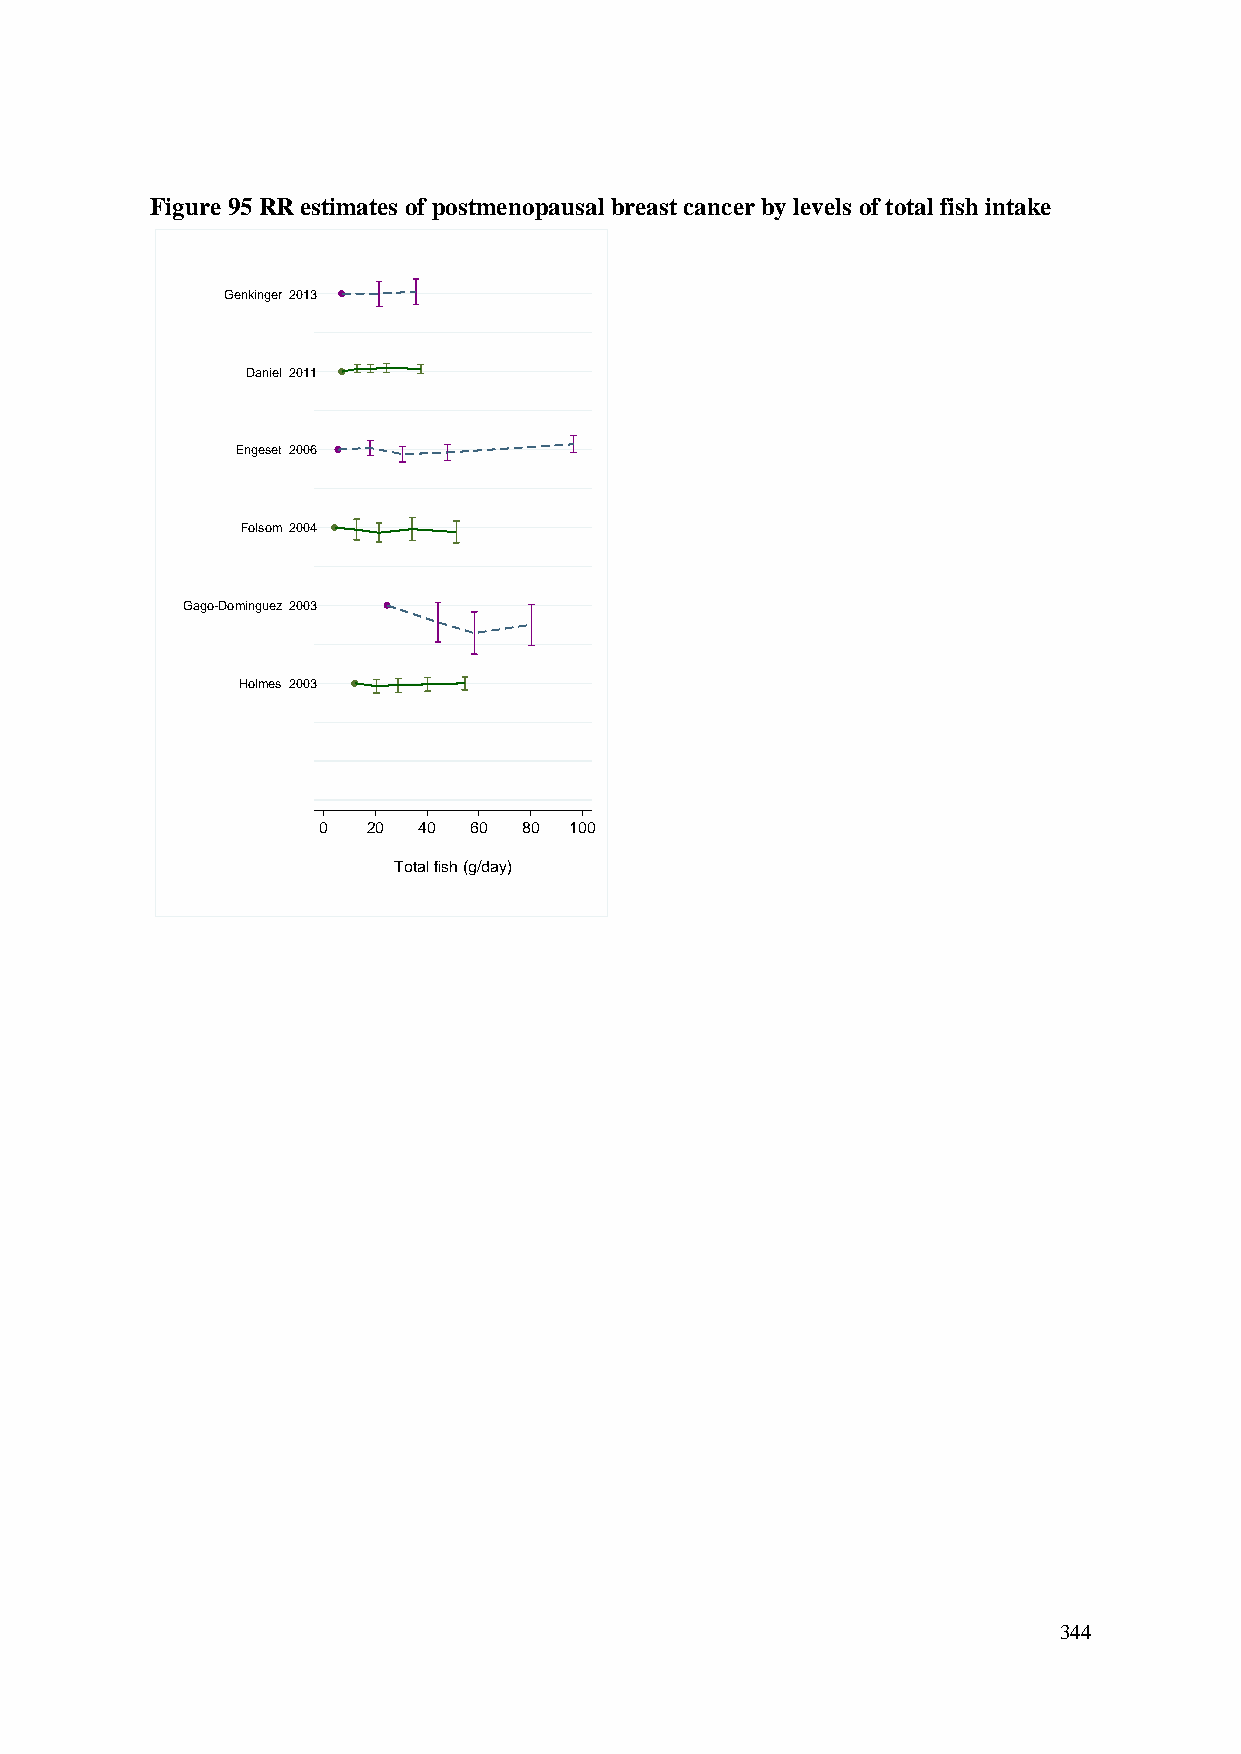
Figure 95 RR estimates of postmenopausal breast cancer by levels of total fish intake
 Genkinger 2013
 Daniel 2011
 Engeset 2006
 Folsom 2004
 Gago-Dominguez 2003
 Holmes 2003
 0  20  40 60  80 100
 Total fish (g/day)
 344